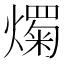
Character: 𤐋